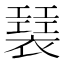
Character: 𧝣